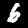
Label: 6